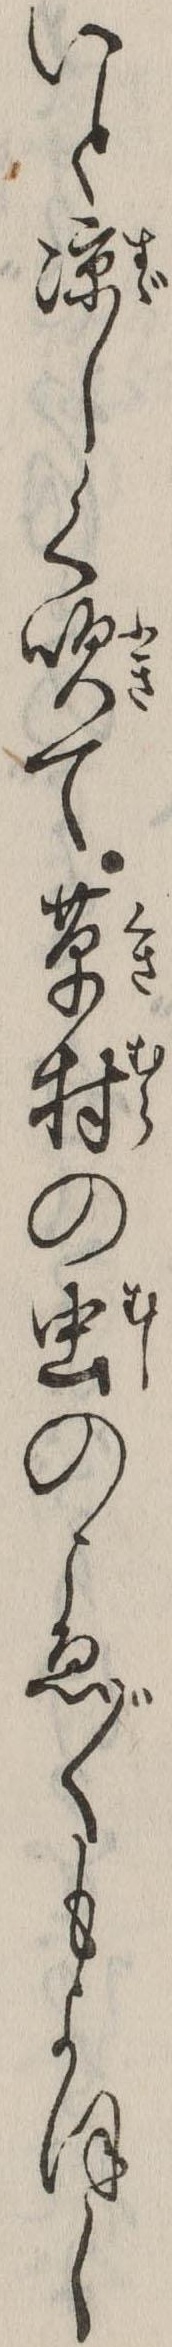
いと涼しく吹て草村の虫のこゑ〲もよほし